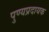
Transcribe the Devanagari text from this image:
पुण्यप्रदायक